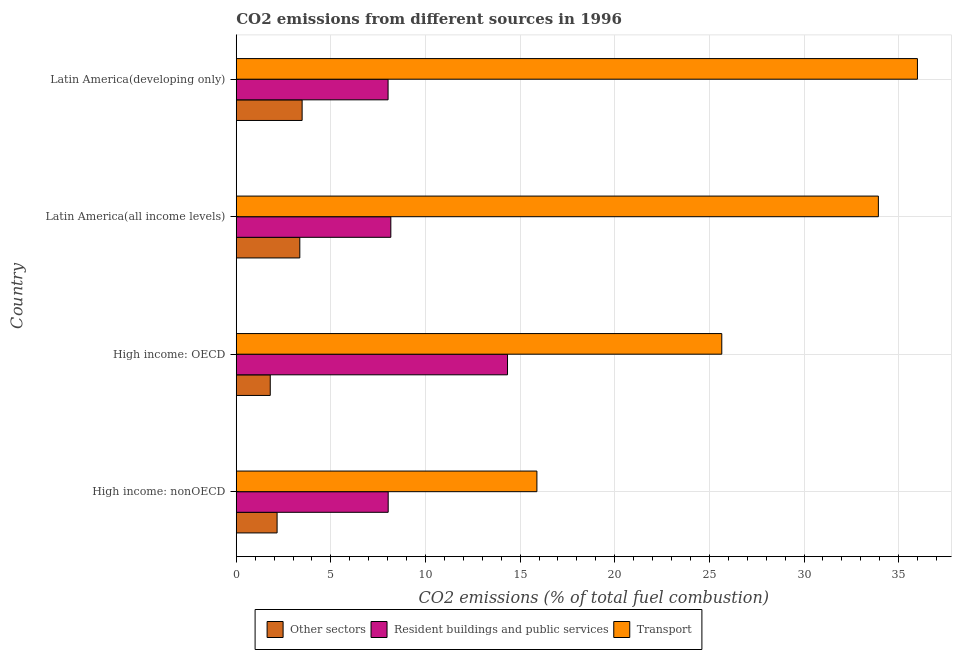
| Country | Other sectors | Resident buildings and public services | Transport |
 | --- | --- | --- | --- |
 | High income: nonOECD | 2.16 | 8.03 | 15.9 |
 | High income: OECD | 1.8 | 14.3 | 25.7 |
 | Latin America(all income levels) | 3.36 | 8.17 | 33.9 |
 | Latin America(developing only) | 3.48 | 8.02 | 36 |